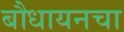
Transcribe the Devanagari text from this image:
बौधायनचा